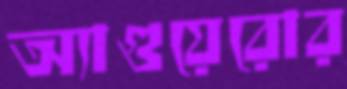
অ্যাগুয়েরোর